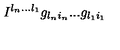
I ^ { l _ { n } . . . l _ { 1 } } g _ { l _ { n } i _ { n } } . . . g _ { l _ { 1 } i _ { 1 } }